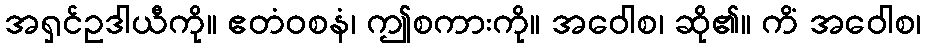
အရှင်ဥဒါယီကို။ ဧတံဝစနံ၊ ဤစကားကို။ အဝေါစ၊ ဆို၏။ ကိံ အဝေါစ၊